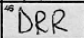
Transcription: DRR